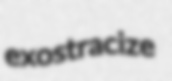
exostracize